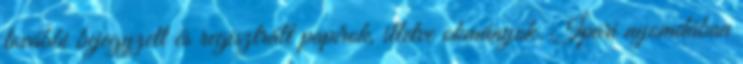
további bejegyzett és regisztrált papírok, illetve okmányok. Ipari nyomdában